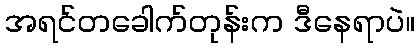
အရင်တခေါက်တုန်းက ဒီနေရာပဲ။